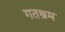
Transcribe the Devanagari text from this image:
गतश्रम